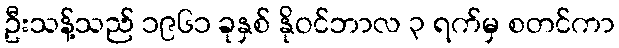
ဦးသန့်သည် ၁၉၆၁ ခုနှစ် နိုဝင်ဘာလ ၃ ရက်မှ စတင်ကာ